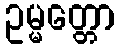
ဥမ္မတ္တော